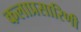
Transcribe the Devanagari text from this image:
कलाप्रसारिणी